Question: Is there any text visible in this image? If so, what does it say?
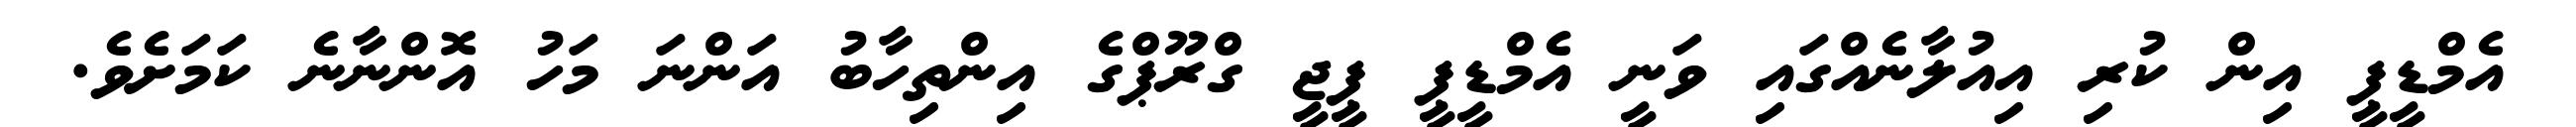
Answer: އެމްޑީޕީ އިން ކުރި އިއުލާނެއްގައި ވަނީ އެމްޑީޕީ ޕީޖީ ގްރޫޕްގެ އިންތިހާބު އަންނަ މަހު އޮންނާނެ ކަމަށެވެ.